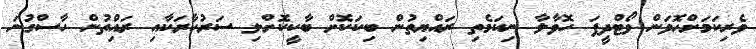
ވެރިކަމަށްހޮވަން ވޯޓްދީފަ ހޮވާލާ ނިކަމެތި ރައްޔިތުން ބިކަކޮށް ބާކީކޮށްލި ސަރުކާރަކާއި ރައްުިތުން ހާސްގުނަ